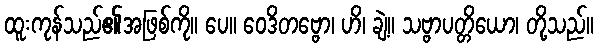
ထူးကုန်သည်၏အဖြစ်ကို။ ပေ။ ဝေဒိတဗ္ဗော၊ ဟိ၊ ချဲ့။ သဗ္ဗာပတ္တိယော၊ တို့သည်။